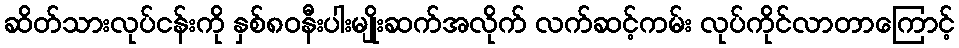
ဆိတ်သားလုပ်ငန်းကို နှစ်၈၀နီးပါးမျိုးဆက်အလိုက် လက်ဆင့်ကမ်း လုပ်ကိုင်လာတာကြောင့်